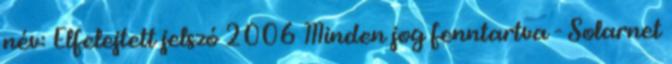
név: Elfelejtett jelszó 2006 Minden jog fenntartva - Solarnet